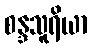
စန္ဒသူရိယာ